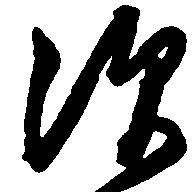
須